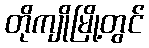
တိုကျိုမြို့တွင်